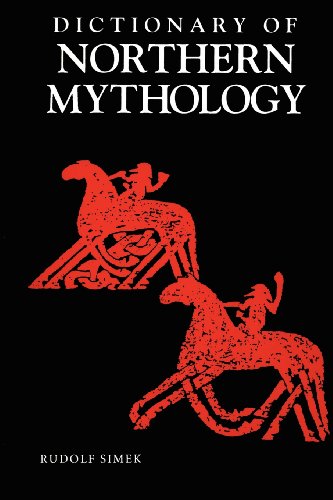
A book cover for A Dictionary of Northern Mythology; Rudolf Simek; Literature & Fiction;